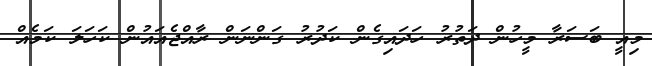
މިއީ ބަސަރާ މީހުން ދަތުރު ހަދައިގެން ކަދުރު ގަންނަން ރާއްޖެއައުން ކަހަލަ ކަމެއް